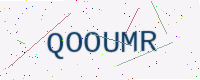
Text: QOOUMR